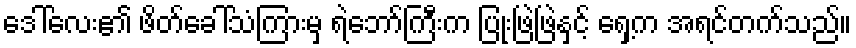
ဒေါ်လေး၏ ဖိတ်ခေါ်သံကြားမှ ရဲဘော်ကြီးက ပြုံးဖြဲဖြဲနှင့် ရှေ့က အရင်တက်သည်။